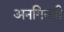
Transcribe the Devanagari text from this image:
अनगिनती